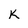
Character: K